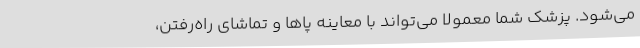
می‌شود. پزشک شما معمولاً می‌تواند با معاینه پاها و تماشای راه‌رفتن،